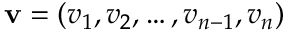
\mathbf { v } = ( v _ { 1 } , v _ { 2 } , \dots , v _ { n - 1 } , v _ { n } )